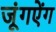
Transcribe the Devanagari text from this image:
जूंगऐंग